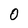
Character: 0